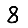
Digit: 8